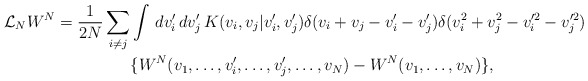
\begin{align*} {\cal{L}}_N W^N=\frac{1}{2N}\sum_{i\neq j}&\int \,dv_i' \,dv_j'\, K(v_i,v_j| v_i',v_j')\delta( v_i+v_j-v_i'-v_j') \delta( v_i^2+v_j^2-v_i'^2-v_j'^2 )\\&\{W^N(v_1,\ldots, v_{i}',\ldots, v_{j}',\ldots, v_N)-W^N(v_1,\ldots, v_N)\},\end{align*}